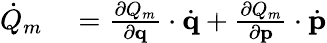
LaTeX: \begin{array}{rl}{{\dot{Q}}_{m}}&{{}={\frac{\partial Q_{m}}{\partial\mathbf{q}}}\cdot{\dot{\mathbf{q}}}+{\frac{\partial Q_{m}}{\partial\mathbf{p}}}\cdot{\dot{\mathbf{p}}}}\end{array}